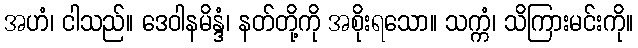
အဟံ၊ ငါသည်။ ဒေဝါနမိန္ဒံ၊ နတ်တို့ကို အစိုးရသော။ သက္ကံ၊ သိကြားမင်းကို။